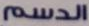
الدسم